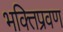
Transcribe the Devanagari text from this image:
भक्तिप्रवण